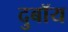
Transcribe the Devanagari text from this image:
दुबॉय